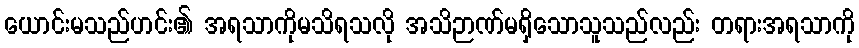
ယောင်းမသည်ဟင်း၏ အရသာကိုမသိရသလို အသိဉာဏ်မရှိသောသူသည်လည်း တရားအရသာကို